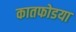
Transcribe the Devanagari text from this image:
कातफोडया